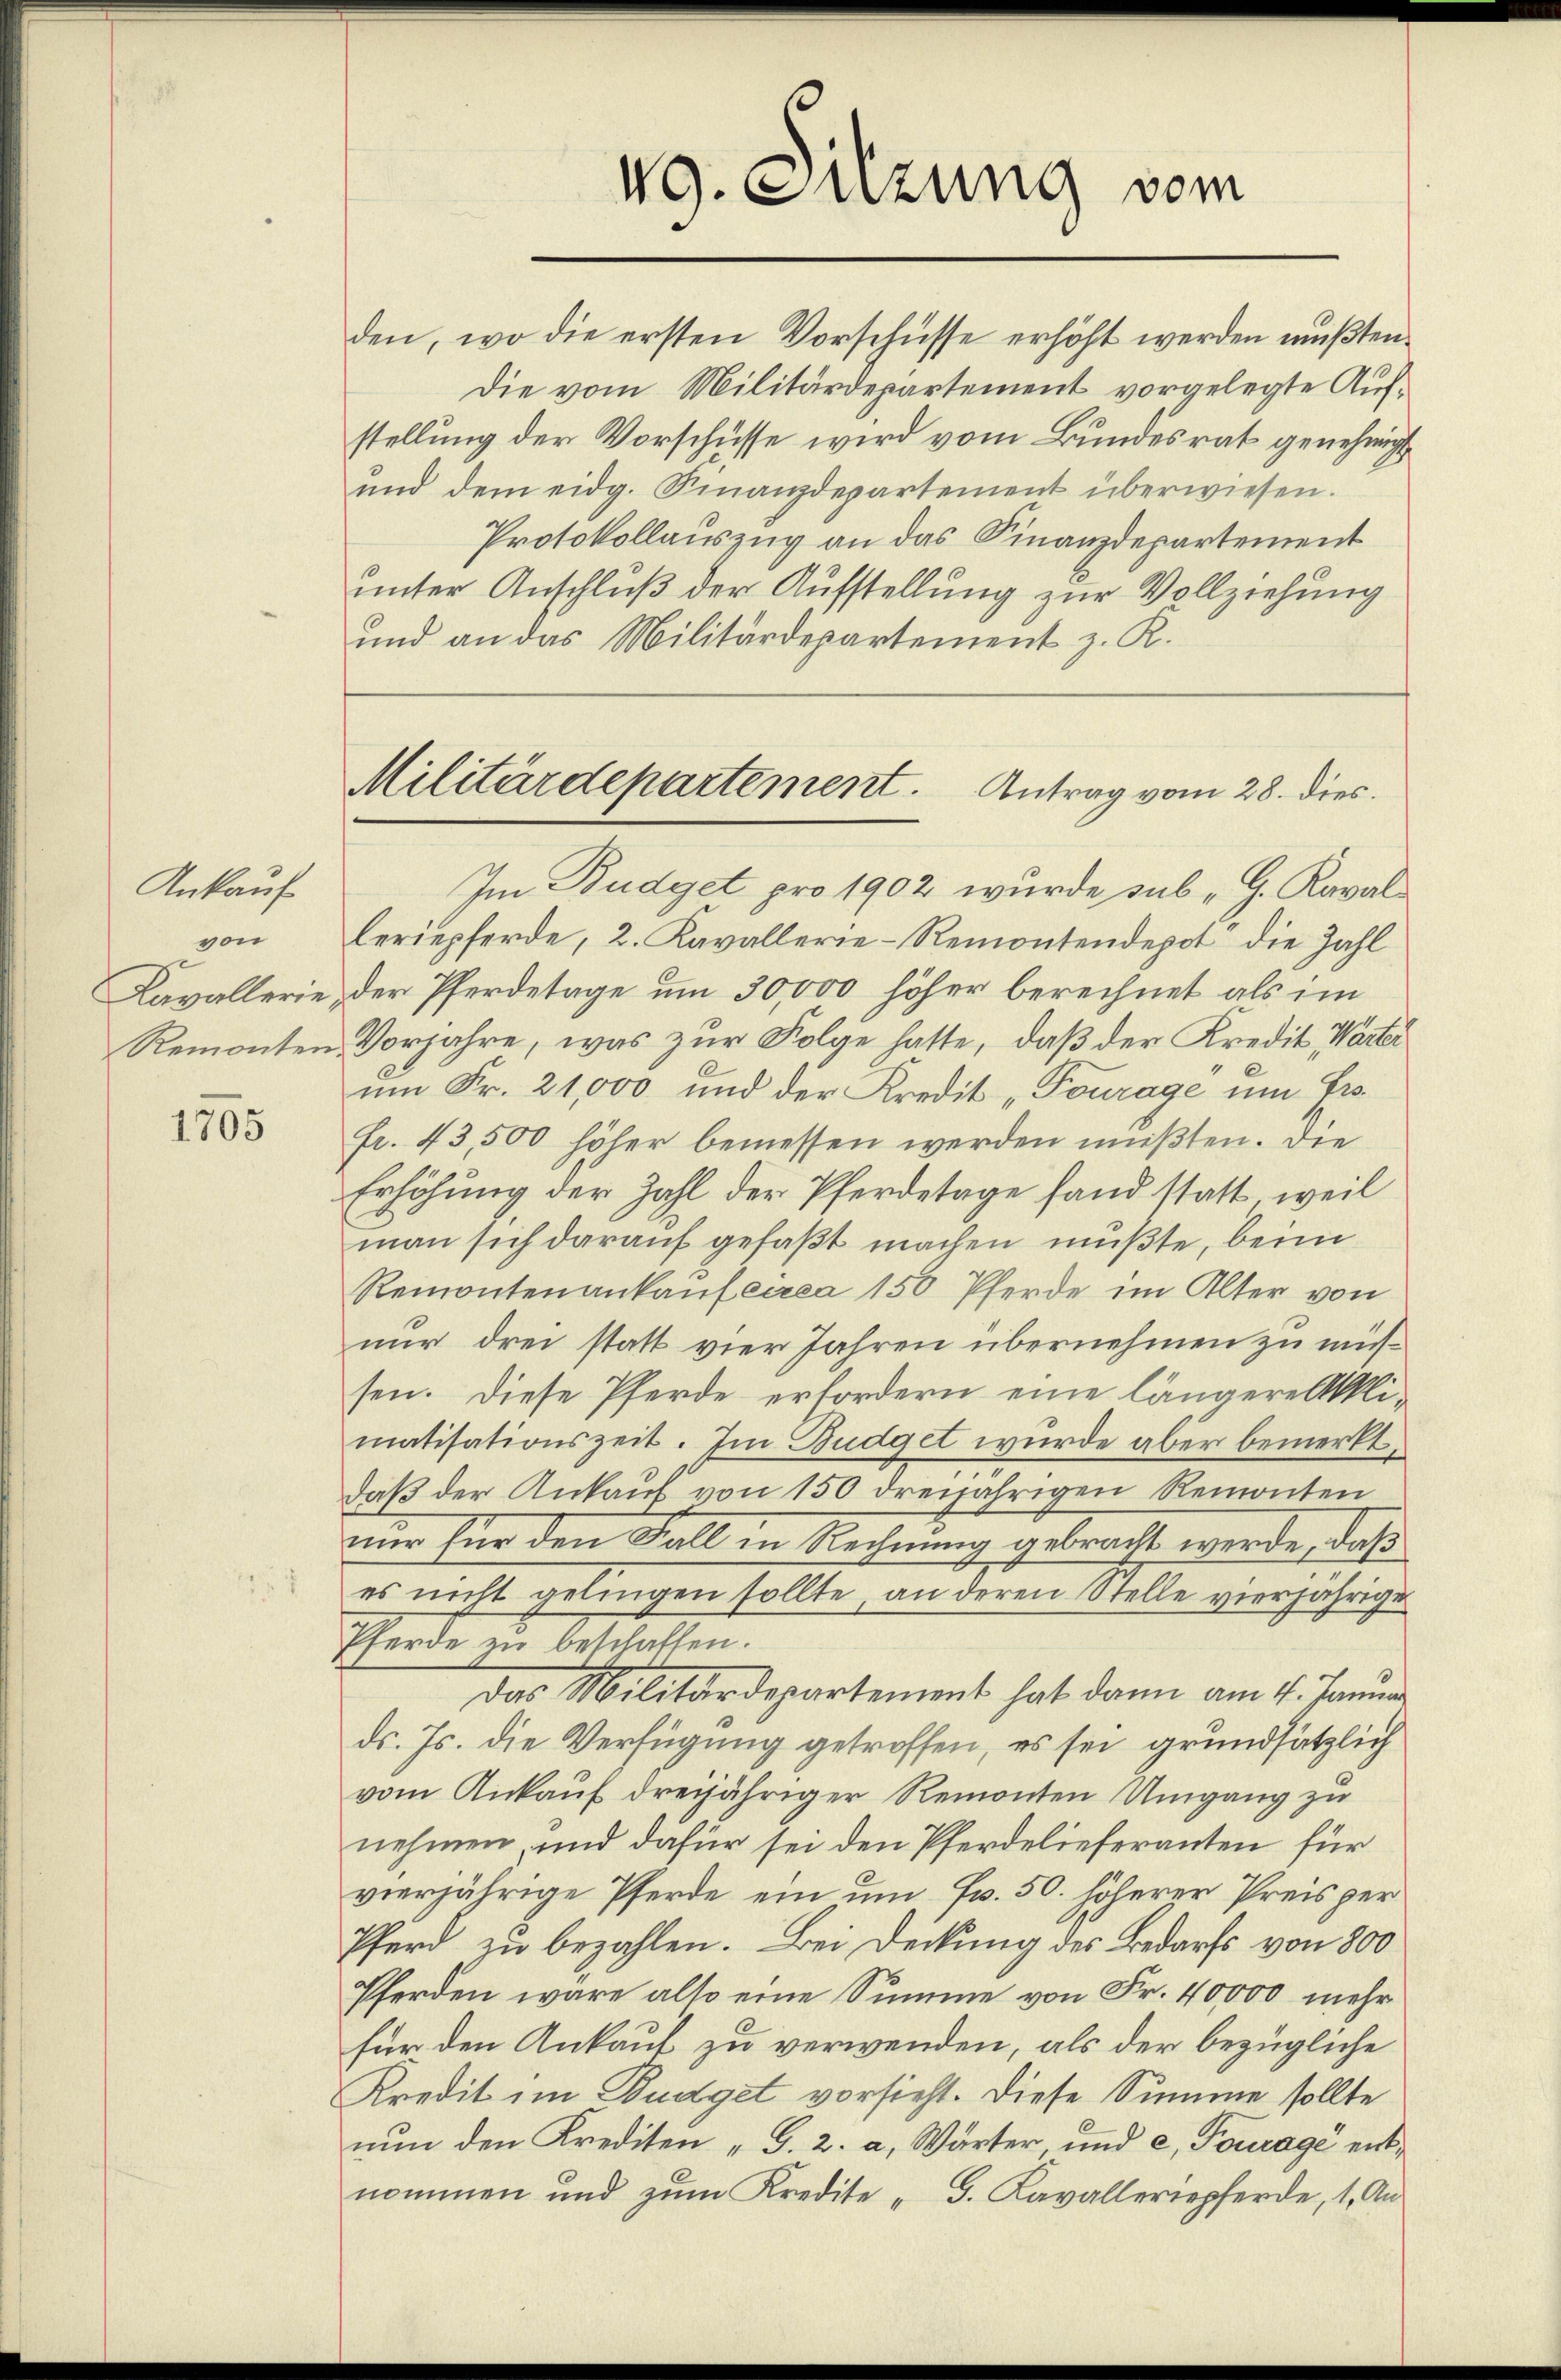
Ankauf
von
Kavallerie,
Remonten

1765

VG. Suzung vom
e

und an das Militärdepartement z. R.

Militärdepartement. Antrag vom 28. dies

den, wo die ersten Vorschüsse erhöht werden mußten.
Die vom Militärdepartement vorgelegte Aufstellung der Vorschüsse wird vom Bundesrat genehmigt
ŭnd dem eidg. Finanzdepartement überwiesen.
Protokollauszug an das Finanzdepartement
unter Anschluß der Aufstellung zur Vollziehung
Im Budget pro 1902 wurde sub " G. Kavalleriepferde, 2. Kavallerie-Remontendepot die Zahl
der Pferdetage um 30000 höher berechnet als im
Vorjahre, was zur Folge hatte, daß der Kredit Warter
um Fr. 21,000 und der Kredit „Pourage um Erfr. 43,500 höher bemessen werden müßten. Die
Erhöhung der Zahl der Pferdetage fand statt, weil
man sich darauf gefaßt machen müßte, beim
Remontenankauf circa 150 Pferde im Alter von
nur drei statt vier Jahren übernehmen zu müssen. Diese Pferde erfordern eine längere Akklimatisationszeit. Im Budget wurde aber bemerkt
daβ der Ankaŭf von 150 dreijährigen Remonten
nur für den Fall in Rechnung gebracht werde, daß
es nicht gelingen sollte, an deren Stelle vierjährige
Pferde zu beschaffen.
das Militärdepartement hat dann am 4. Janua
ds. Js. die Verfügung getroffen, es sei grundsätzlich
vom Ankauf dreijähriger Remonten Umgang zu
nehmen, und dafür sei den Pferdelieferanten für
vierjährige Pferde ein um Fr. 50. höherer Preis per
Pferd zu bezahlen. Bei Deckung des Bedarfs von 800
Pferden wäre also eine Summe von Fr. 40,000 mehr
für den Ankauf zu verwenden, als der bezügliche
Kredit im Budget vorsieht. Diese Summe sollte
nun den Krediten „G. 2. a. Wärter, und e, Fourage entnommen und zŭm Kredite " G. Kavalleriepferde, 1. An-